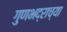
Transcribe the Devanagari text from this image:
गुणभद्राच्या